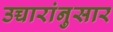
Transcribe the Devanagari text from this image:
उच्चारांनुसार